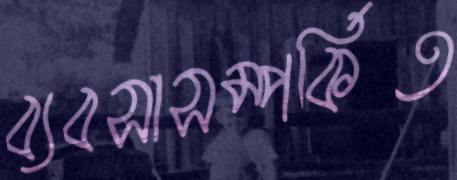
ব্যবসাসম্পর্কিত